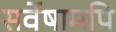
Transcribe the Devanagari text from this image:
सर्वेषामपि